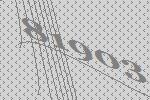
81903